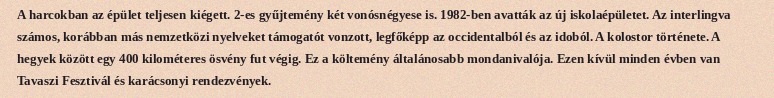
A harcokban az épület teljesen kiégett. 2-es gyűjtemény két vonósnégyese is. 1982-ben avatták az új iskolaépületet. Az interlingva számos, korábban más nemzetközi nyelveket támogatót vonzott, legfőképp az occidentalból és az idoból. A kolostor története. A hegyek között egy 400 kilométeres ösvény fut végig. Ez a költemény általánosabb mondanivalója. Ezen kívül minden évben van Tavaszi Fesztivál és karácsonyi rendezvények.